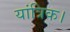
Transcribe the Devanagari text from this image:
यांत्रिक।